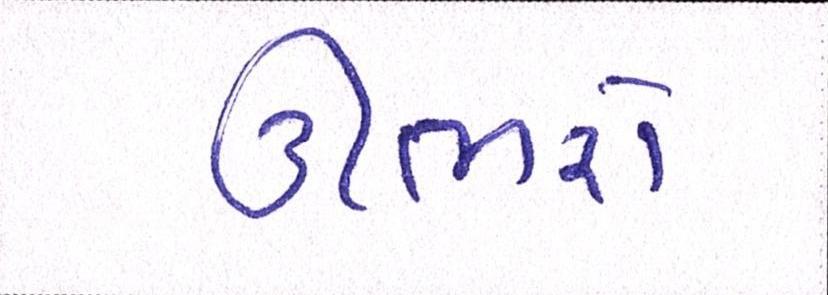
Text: ઊભરો